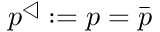
p ^ { \triangleleft } : = p = \bar { p }